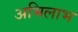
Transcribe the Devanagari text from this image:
अभिलाभ